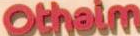
Othaim